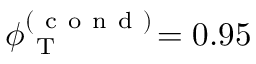
\phi _ { \mathrm { ~ T ~ } } ^ { ( \mathrm { ~ c ~ o ~ n ~ d ~ } ) } \! = 0 . 9 5